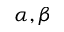
\alpha , \beta